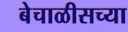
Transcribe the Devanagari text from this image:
बेचाळीसच्या